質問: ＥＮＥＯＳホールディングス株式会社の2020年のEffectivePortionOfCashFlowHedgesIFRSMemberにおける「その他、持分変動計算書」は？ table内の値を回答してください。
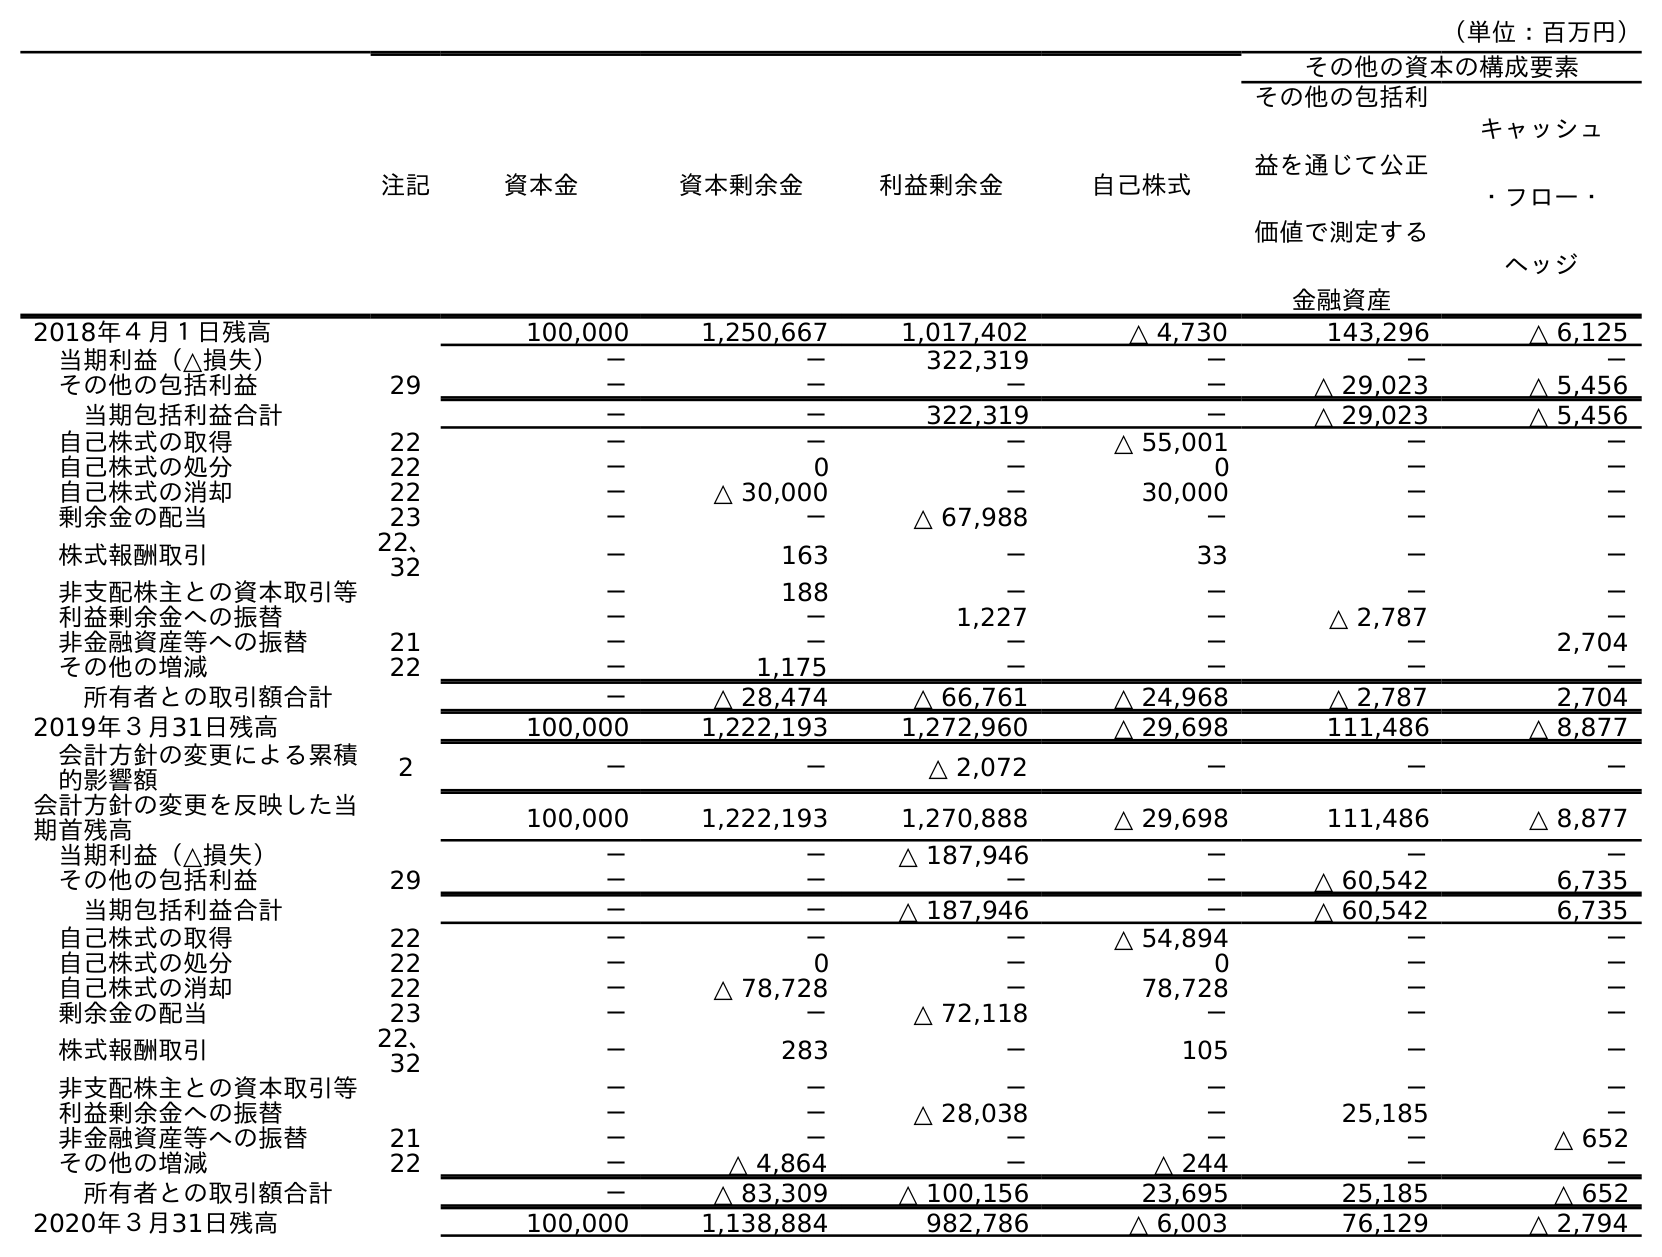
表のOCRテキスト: （単位：百万円） 注記 資本金 資本剰余金 利益剰余金 自己株式 その他の資本の構成要素 その他の包括利 益を通じて公正 価値で測定する 金融資産 キャッシュ ・フロー・ ヘッジ 2018年４月１日残高 100,000 1,250,667 1,017,402 △ 4,730 143,296 △ 6,125 当期利益（△損失） － － 322,319 － － － その他の包括利益 29 － － － － △ 29,023 △ 5,456 当期包括利益合計 － － 322,319 － △ 29,023 △ 5,456 自己株式の取得 22 － － － △ 55,001 － － 自己株式の処分 22 － 0 － 0 － － 自己株式の消却 22 － △ 30,000 － 30,000 － － 剰余金の配当 23 － － △ 67,988 － － － 株式報酬取引 22、 32 － 163 － 33 － － 非支配株主との資本取引等 － 188 － － － － 利益剰余金への振替 － － 1,227 － △ 2,787 － 非金融資産等への振替 21 － － － － － 2,704 その他の増減 22 － 1,175 － － － － 所有者との取引額合計 － △ 28,474 △ 66,761 △ 24,968 △ 2,787 2,704 2019年３月31日残高 100,000 1,222,193 1,272,960 △ 29,698 111,486 △ 8,877 会計方針の変更による累積 的影響額 2 － － △ 2,072 － － － 会計方針の変更を反映した当 期首残高 100,000 1,222,193 1,270,888 △ 29,698 111,486 △ 8,877 当期利益（△損失） － － △ 187,946 － － － その他の包括利益 29 － － － － △ 60,542 6,735 当期包括利益合計 － － △ 187,946 － △ 60,542 6,735 自己株式の取得 22 － － － △ 54,894 － － 自己株式の処分 22 － 0 － 0 － － 自己株式の消却 22 － △ 78,728 － 78,728 － － 剰余金の配当 23 － － △ 72,118 － － － 株式報酬取引 22、 32 － 283 － 105 － － 非支配株主との資本取引等 － － － － － － 利益剰余金への振替 － － △ 28,038 － 25,185 － 非金融資産等への振替 21 － － － － － △ 652 その他の増減 22 － △ 4,864 － △ 244 － － 所有者との取引額合計 － △ 83,309 △ 100,156 23,695 25,185 △ 652 2020年３月31日残高 100,000 1,138,884 982,786 △ 6,003 76,129 △ 2,794
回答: －